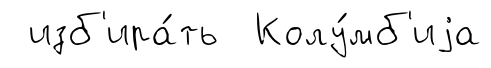
изб'ира́ть Колу́мб'иjа